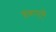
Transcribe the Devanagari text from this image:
शंकापूर्ण